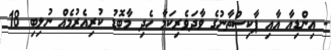
- އިންޑިއާ އާއި ޕާކިސްތާނުގެ ވާދަވެރިކަމާ ހެދި މާބޮޑު ކުރިއެރުމެއް ނުލިބި 18